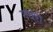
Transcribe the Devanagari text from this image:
गधेरा